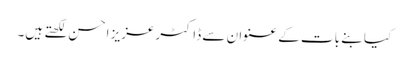
کیا بنے بات کے عنوان سے ڈاکٹرعزیز احسن لکھتے ہیں۔